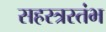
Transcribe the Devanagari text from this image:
सहस्त्रस्तंभ